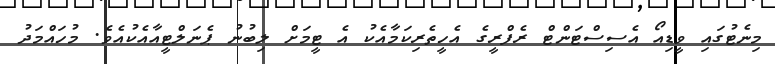
މިނެޓުގައި ވީޑިއޯ އެސިސްޓަންޓް ރެފްރީގެ އެހީތެރިކަމާއެކު އެ ޓީމަށް ލިބުނު ޕެނަލްޓީއާއެކުއެވެ. މުހައްމަދު